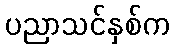
ပညာသင်နှစ်က